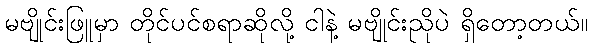
မဗျိုင်းဖြူမှာ တိုင်ပင်စရာဆိုလို့ ငါနဲ့ မဗျိုင်းညိုပဲ ရှိတော့တယ်။